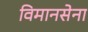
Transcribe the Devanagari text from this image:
विमानसेना